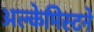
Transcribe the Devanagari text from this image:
अल्केमिस्टने